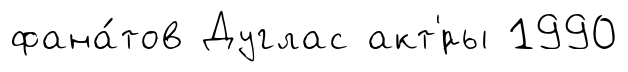
фана́тов Дуглас акт'́ры 1990